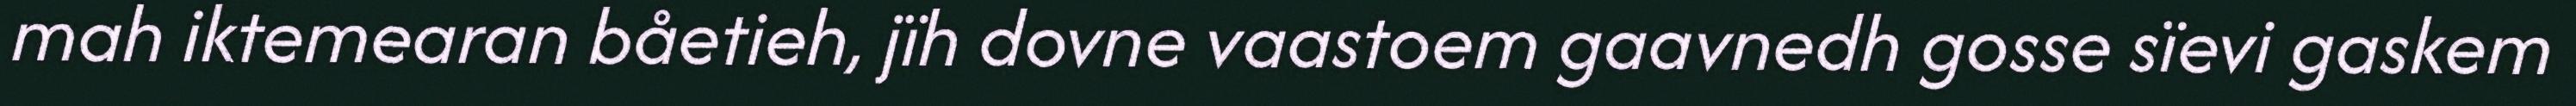
mah iktemearan båetieh, jïh dovne vaastoem gaavnedh gosse sïevi gaskem